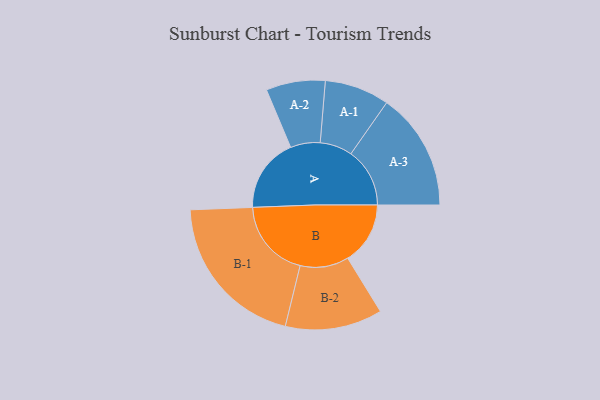
{"axis": {"x": "Segment", "y": "Value"}, "legend": ["", "A", "B"], "data": [{"x": "A", "y": 266, "type": ""}, {"x": "B", "y": 224, "type": ""}, {"x": "A-1", "y": 116, "type": "A"}, {"x": "A-2", "y": 106, "type": "A"}, {"x": "A-3", "y": 211, "type": "A"}, {"x": "B-1", "y": 284, "type": "B"}, {"x": "B-2", "y": 174, "type": "B"}]}